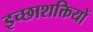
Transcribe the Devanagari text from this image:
इच्छाशक्तियों